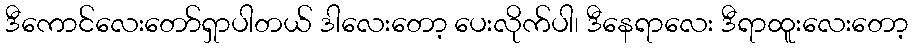
ဒီကောင်လေးတော်ရှာပါတယ် ဒါလေးတော့ ပေးလိုက်ပါ၊ ဒီနေရာလေး ဒီရာထူးလေးတော့